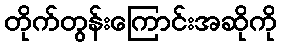
တိုက်တွန်းကြောင်းအဆိုကို